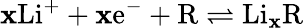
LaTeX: \mathbf{x}\mathrm{{Li}}^{+}+\mathbf{x}\mathrm{{e}}^{-}+\mathrm{{R}}\rightleftharpoons\mathrm{{Li}}_{\mathbf{x}}\mathrm{{R}}